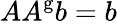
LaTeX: AA^{\mathrm{g}}b=b